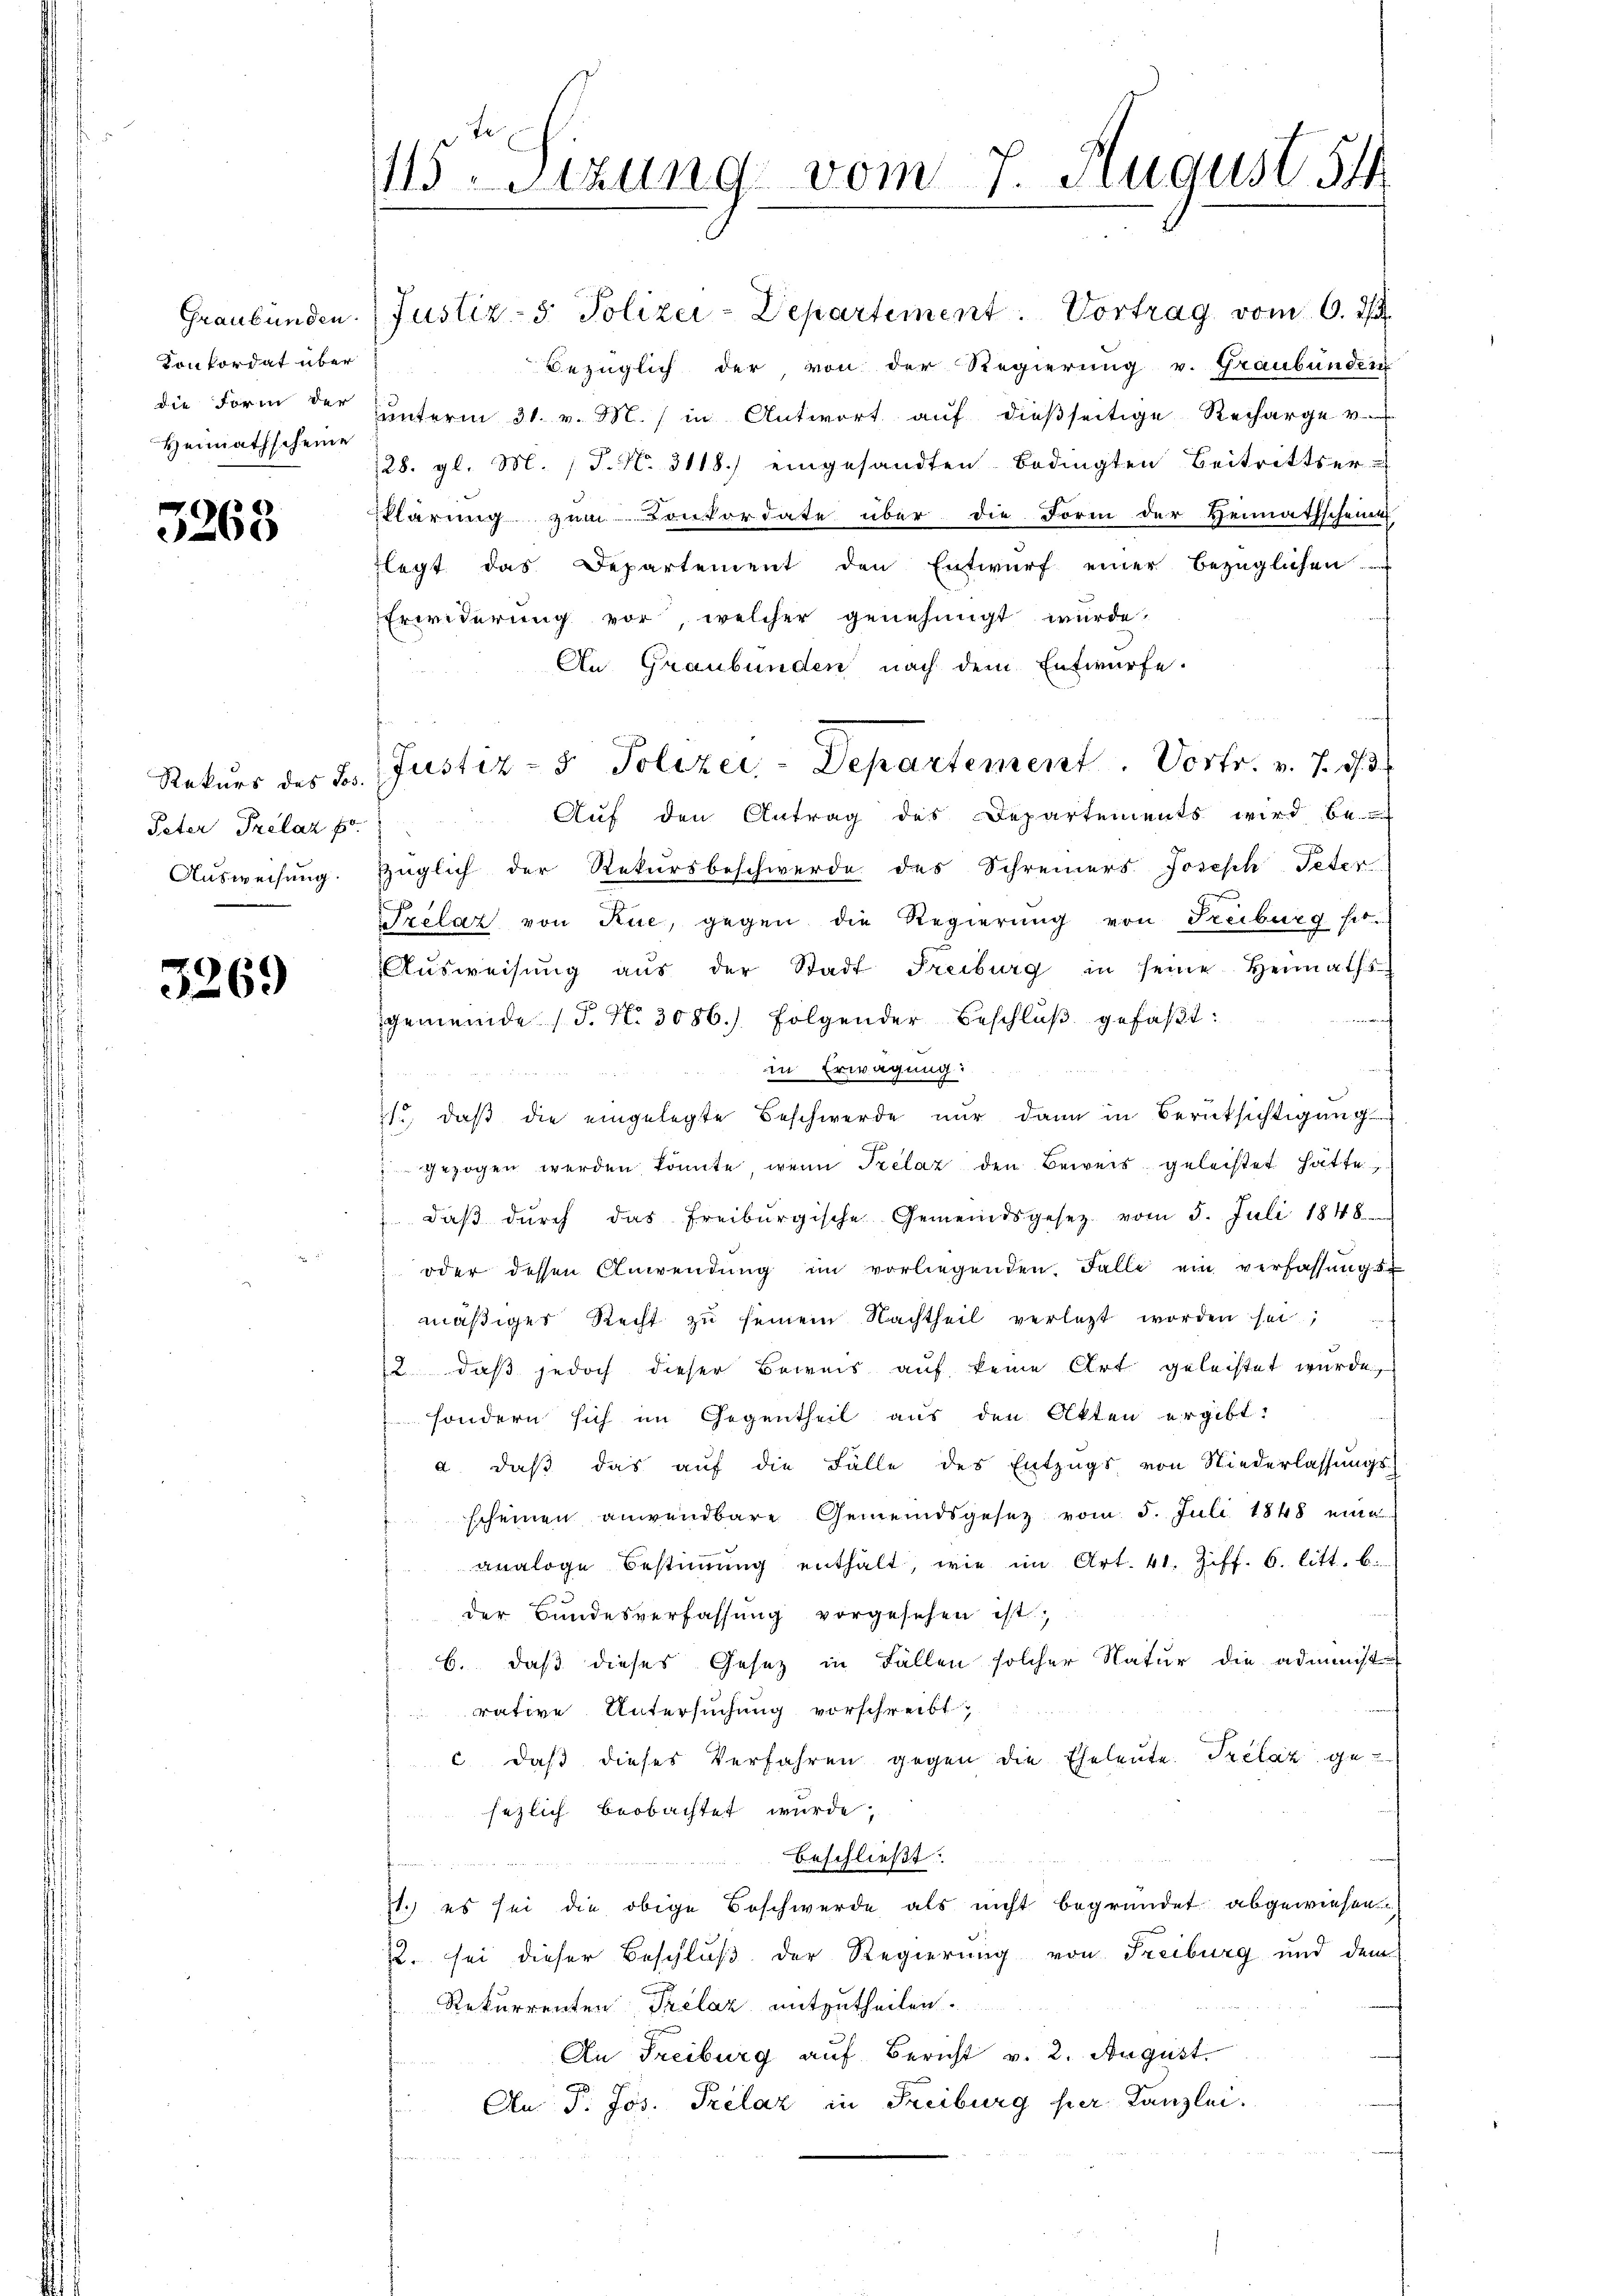
Graubünden.
Konkordat über
Heimathscheine

3263

Peter Prelaz pr

3269

115 Stzung vom 7. August 54

Justiz- & Polizei-Departement. Vortrag vom 6. Ju
Bezüglich der von der Regierung v. Graubünden
die Form der ŭnterm 31. v. M. in Antwort aŭf dieβseitige Recharge v.
28. gl. M. (T. N. 3118) eingesandten Bedingten Beitrittser-
klärung zum Conkordate über die Form der Heimathscheint
flegt das Departement den Entwurf einer bezüglichen
Erwiderung vor, welcher genehmigt wurde.
An Graubünden nach dem Entwurfe.
Auf den Antrag des Departements wird be-
Ausweisung. Zuglich der Rekursbeschwerde des Schreiners Joseph Peter
Frelaz von Rue, gegen die Regierŭng von Freiburg sit.
Aŭsweisŭng aŭs der Stadt Freiburg in seine Heimaths
gemeinde (T. No. 3086.) folgender Beschlŭβ gefaβt:
in Erwägung:
e
1., daß die eingelegte Beschwerde nur dann in Berüksichtigung
gezogen werden könnte, wenn Prelaz den Beweis geleistet hatte,
 daβ dŭrch das Freiburgische Gemeindsgesetz vom 5. Juli 1848
 oder dessen Anwendŭng im vorliegenden. Falle ein verfassŭngs-
mäβiger Recht zŭ seinem Nachtheil verlegt worden sei.
12, daß jedoch dieser Beweis auf keine Art geleistet wurde,
sondern sich im Gegentheil aus den Akten ergibt:
a. daβ das aŭf die Fälle des Entzŭgs von Niederlassŭngs-
scheinen anwendbare Gemeindsgesetz vom 5. Juli 1848 eine
analoge Bestiṁŭng enthalt, wie im Art. 41. Ziff. 6. litt. b.
der Bundesverfassung vorgesehen ist,
b. daß dieses Gesetz in Fällen solcher Natur die adminst
rative Untersuchung vorschreibt,
c. daß dieses Verfahren gegen die Eheleute. Irclaz ge
sezlich beobachtet wurde,
beschließt:

11.) es sei die obige Beschwerde als nicht begründet abgewiesen.
7. sei dieser Beschluß der Regierung von Freiburg und dem
Rekurrenten Prelaz mitzutheilen.
An Freiburg auf Bericht v. 2. August.
An P. Jos. Prelaz in Freiburg per Kanzlei.
s

Rekurs des B. Justiz- & Polizei-Departement. Vortr. v. 7. 13